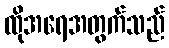
ထိုအရေအတွက်သည်